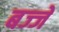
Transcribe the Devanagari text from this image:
बज्जे